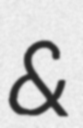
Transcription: &